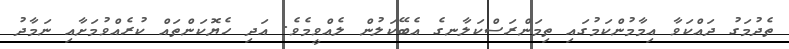
ތެދުމަގު ދައްކަވާ އިމާމުންކަމުގައި ތިމަންރަސްކަލާނގެ އެބޭކަލުން ލެއްވީމެވެ. އަދި ހެޔޮކަންތައް ކުރެއްވުމަށާއި ނަމާދު